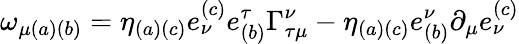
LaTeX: \omega_{\mu(a)(b)}=\eta_{(a)(c)}e_{\nu}^{(c)}e_{(b)}^{\tau}\Gamma_{\tau\mu}^{\nu}-\eta_{(a)(c)}e_{(b)}^{\nu}\partial_{\mu}e_{\nu}^{(c)}